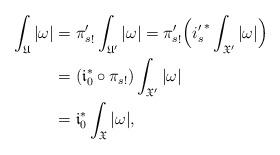
LaTeX: \begin{align*}\int_{\mathfrak U}|\omega|&= {\pi'_s}_!\int_{\mathfrak U'}|\omega|={\pi'_s}_!\Big( {i'_s}^*\int_{\mathfrak X'}|\omega|\Big) \\&=(\mathfrak i_0^*\circ {\pi_s}_!)\int_{\mathfrak X'}|\omega|\\&=\mathfrak i_0^*\int_{\mathfrak X}|\omega|,\end{align*}